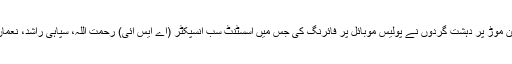
ڈیرہ اسماعیل خان کےعلاقے مشن موڑ پر دہشت گردوں نے پولیس موبائل پر فائرنگ کی جس میں اسسٹنٹ سب انسپکٹر (اے ایس آئی) رحمت اللہ، سپاہی راشد، نعمان اور ڈرائیور ارشاد شہید ہوگئے۔